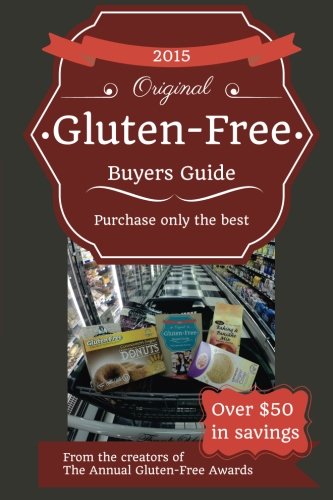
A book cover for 2015 Gluten-Free Buyers Guide (Black & White); Josh Schieffer; Health, Fitness & Dieting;